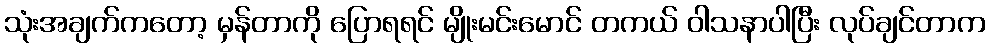
သုံးအချက်ကတော့ မှန်တာကို ပြောရရင် မျိုးမင်းမောင် တကယ် ဝါသနာပါပြီး လုပ်ချင်တာက